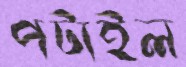
পটাইল